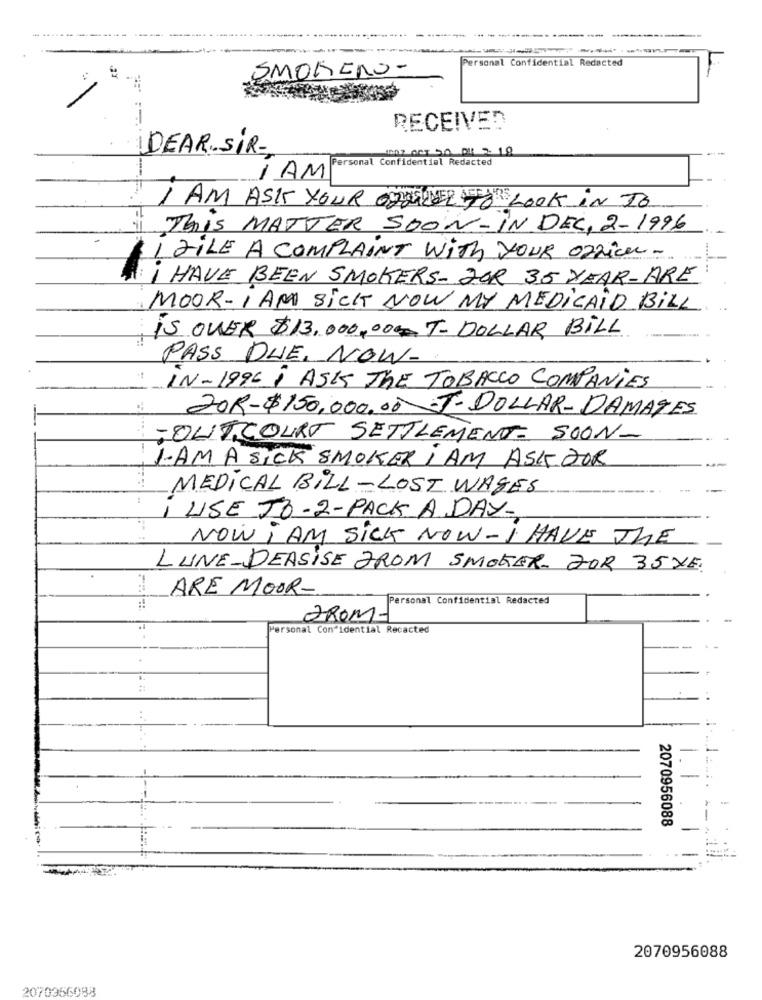
Personal Confidential Redacted
SMORENO-
RECEIVED
DEAR SIR,
Personal Confidential Redacted
I AM
I AM ASK YOUR ORDER TO LOOK IN TO
This MATTER SOON-IN DEC, 2-1996
I FILE A COMPLAINT WITH YOUR Office -
i HAVE BEEN SMOKERS- JOR 35 YEAR-ARE
MOOR-I AM SICK NOW MY MEDICAID BILL
IS OVER $13,000,000T- DOLLAR BILL
PASS DUE, NOW-
1
IN-1996 I ASK THE TOBACCO COMPANIES
20R-$150,000.00 J- DOLLAR-DAMATES
TOUTCOURT SETTLEMENT- SOON-
1-AM A SICK SMOKER I AM ASK DOR
MEDICAL BILL-LOST WAGES
:
I USE TO-2-PACK A DAY-
NOW i AM SICK NOW - I HAVE THE
LUNE-DEASISE FROM SMOKER FOR 35XE.
ARE MOOR-
Personal Confidential Redacted
FROM-
Personal Confidential Recacted
..
1.
-
2070956088
2070956088
2070956088